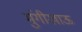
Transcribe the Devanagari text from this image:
मुंगीखाऊ